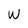
Character: W